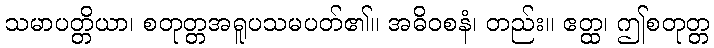
သမာပတ္တိယာ၊ စတုတ္တအရူပသမပတ်၏။ အဓိဝစနံ၊ တည်း။ ဧတ္ထ၊ ဤစတုတ္တ